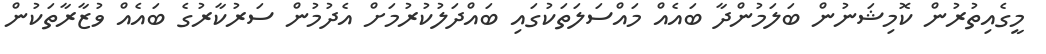
މީގެއިތުރުން ކޮމިޝަނުން ބަލަމުންދާ ބައެއް މައްސަލަތަކުގައި ބައްދަލުކުރުމަށް އެދުމުން ސަރުކާރުގެ ބައެއް ވުޒާރާތަކުން